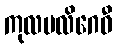
ကုလပလိဂေဓီ